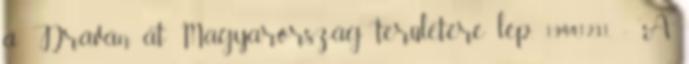
a Dráván át Magyarország területére lép. 1944.12.31. - A